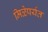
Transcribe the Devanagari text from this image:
मिळेपर्यत